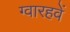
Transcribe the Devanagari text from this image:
ग्वारहवें